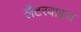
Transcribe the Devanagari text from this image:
लैटरवाइज़